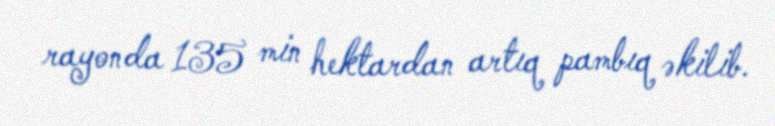
rayonda 135 min hektardan artıq pambıq əkilib.